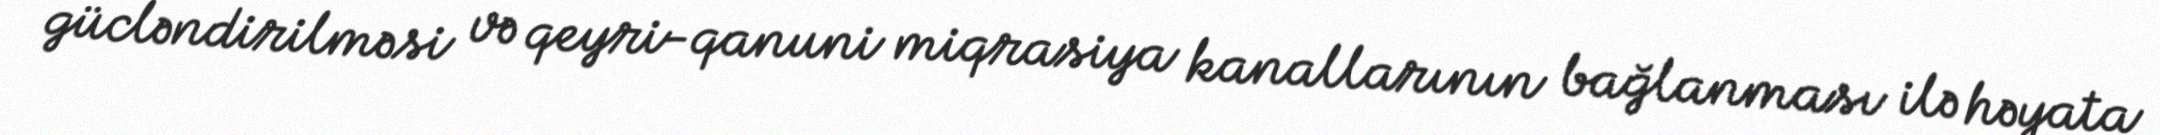
gücləndirilməsi və qeyri-qanuni miqrasiya kanallarının bağlanması ilə həyata